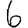
Digit: 6